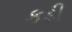
કડી